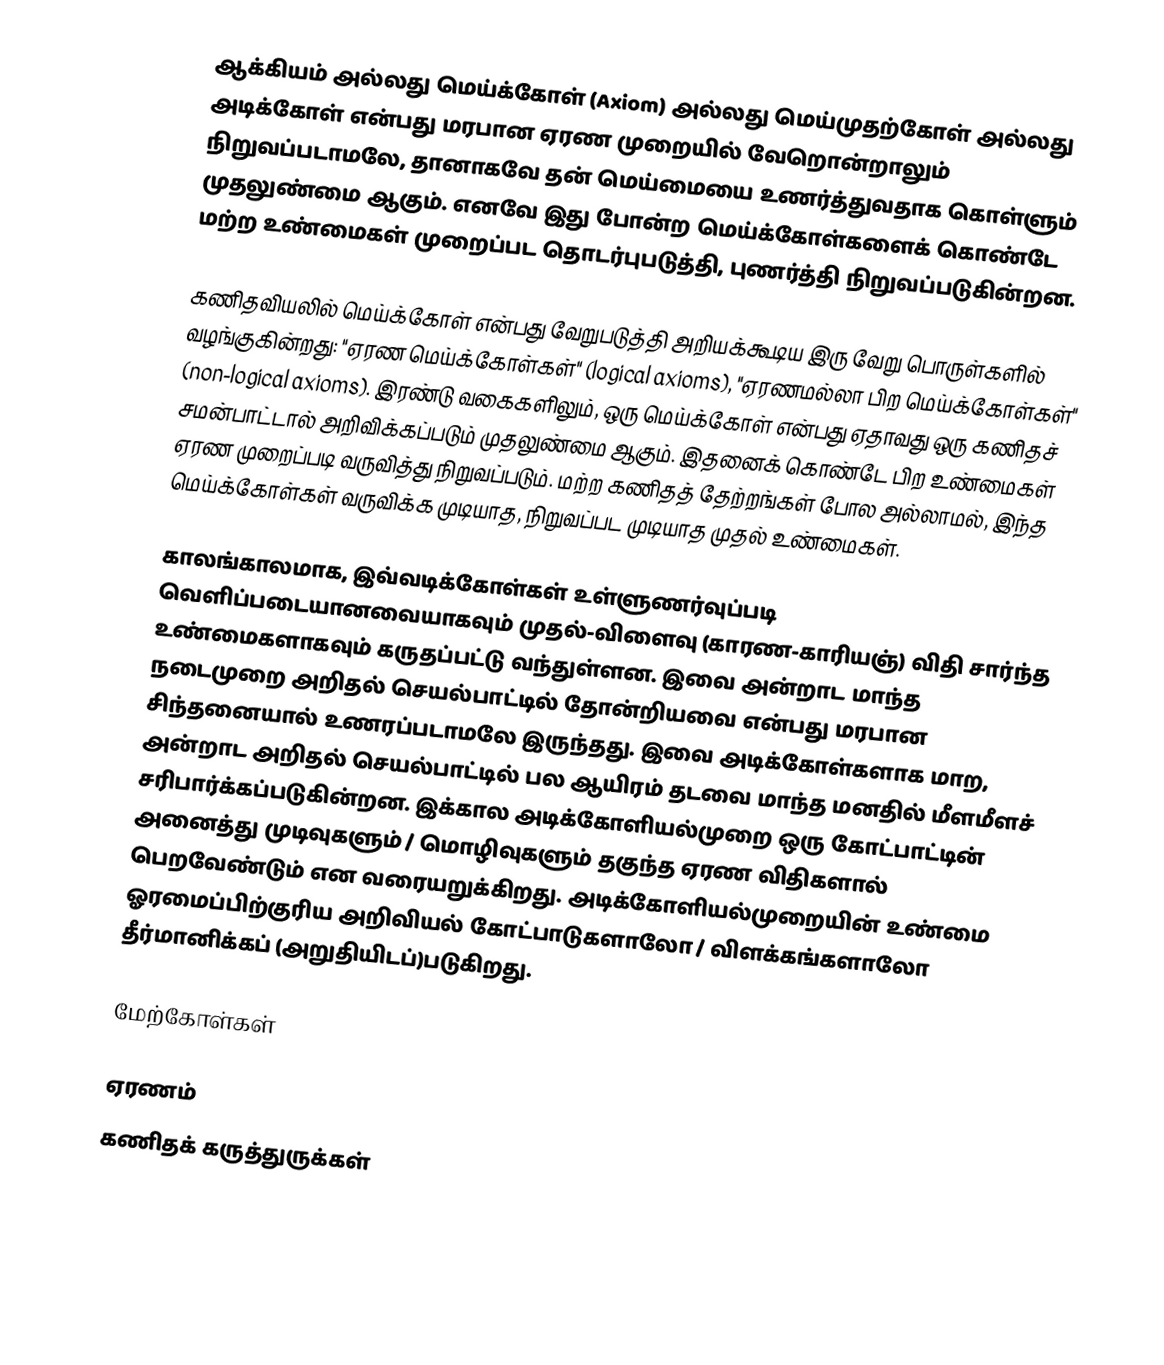
ஆக்கியம் அல்லது மெய்க்கோள் (Axiom) அல்லது மெய்முதற்கோள் அல்லது அடிக்கோள் என்பது மரபான ஏரண முறையில் வேறொன்றாலும் நிறுவப்படாமலே, தானாகவே தன் மெய்மையை உணர்த்துவதாக கொள்ளும் முதலுண்மை ஆகும். எனவே இது போன்ற மெய்க்கோள்களைக் கொண்டே மற்ற உண்மைகள் முறைப்பட தொடர்புபடுத்தி, புணர்த்தி நிறுவப்படுகின்றன.

கணிதவியலில் மெய்க்கோள் என்பது வேறுபடுத்தி அறியக்கூடிய இரு வேறு பொருள்களில் வழங்குகின்றது: "ஏரண மெய்க்கோள்கள்" (logical axioms), "ஏரணமல்லா பிற மெய்க்கோள்கள்" (non-logical axioms). இரண்டு வகைகளிலும், ஒரு மெய்க்கோள் என்பது ஏதாவது ஒரு கணிதச் சமன்பாட்டால் அறிவிக்கப்படும் முதலுண்மை ஆகும். இதனைக் கொண்டே பிற உண்மைகள் ஏரண முறைப்படி வருவித்து நிறுவப்படும். மற்ற கணிதத் தேற்றங்கள் போல அல்லாமல், இந்த மெய்க்கோள்கள் வருவிக்க முடியாத, நிறுவப்பட முடியாத முதல் உண்மைகள்.

காலங்காலமாக, இவ்வடிக்கோள்கள் உள்ளுணர்வுப்படி வெளிப்படையானவையாகவும் முதல்-விளைவு (காரண-காரியஞ்) விதி சார்ந்த உண்மைகளாகவும் கருதப்பட்டு வந்துள்ளன. இவை அன்றாட மாந்த நடைமுறை அறிதல் செயல்பாட்டில் தோன்றியவை என்பது மரபான சிந்தனையால் உணரப்படாமலே இருந்தது. இவை அடிக்கோள்களாக மாற, அன்றாட அறிதல் செயல்பாட்டில் பல ஆயிரம் தடவை மாந்த மனதில் மீளமீளச் சரிபார்க்கப்படுகின்றன. இக்கால அடிக்கோளியல்முறை ஒரு கோட்பாட்டின் அனைத்து முடிவுகளும் / மொழிவுகளும் தகுந்த ஏரண விதிகளால் பெறவேண்டும் என வரையறுக்கிறது. அடிக்கோளியல்முறையின் உண்மை ஓரமைப்பிற்குரிய அறிவியல் கோட்பாடுகளாலோ / விளக்கங்களாலோ தீர்மானிக்கப் (அறுதியிடப்)படுகிறது.

மேற்கோள்கள்

ஏரணம்
கணிதக் கருத்துருக்கள்